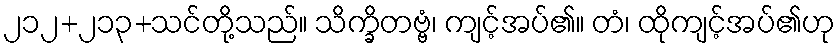
၂၁၂+၂၁၃+သင်တို့သည်။ သိက္ခိတဗ္ဗံ၊ ကျင့်အပ်၏။ တံ၊ ထိုကျင့်အပ်၏ဟု